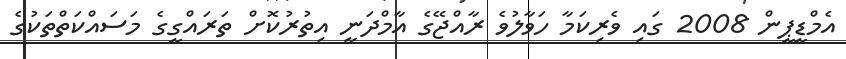
އެމްޑީޕީން 2008 ގައި ވެރިކަމާ ހަވާލުވެ ރާއްޖޭގެ އާމްދަނީ އިތުރުކޮށް ތަރައްގީގެ މަސައްކަތްތަކުގެ